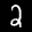
Label: 2